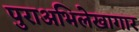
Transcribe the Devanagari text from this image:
पुराअभिलेखागार